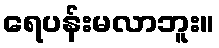
ရေပန်းမလာဘူး။